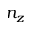
n _ { z }